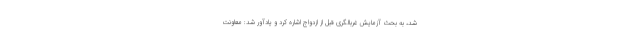
شد، به بحث آزمایش غربالگری قبل از ازدواج اشاره کرد و یادآور شد: معاونت